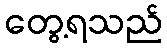
တွေ့ရသည်